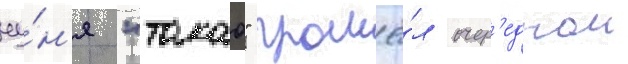
иу́н'я "такао" прошё́л очер'еднои